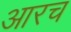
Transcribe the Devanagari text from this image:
आरच